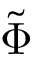
\tilde { \Phi }